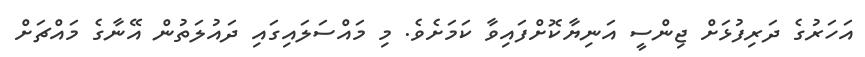
އަހަރުގެ ދަރިފުޅަށް ޖިންސީ އަނިޔާކޮށްފައިވާ ކަމަށެވެ. މި މައްސަލައިގަައި ދައުލަތުން އޭނާގެ މައްޗަށް